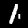
Label: 1